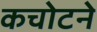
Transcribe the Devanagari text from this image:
कचोटने